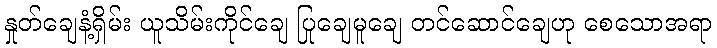
နှုတ်ချေနံ့ရှိမ်း ယူသိမ်းကိုင်ချေ ပြုချေမူချေ တင်ဆောင်ချေဟု စေသောအရာ